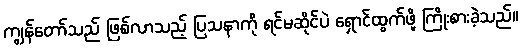
ကျွန်တော်သည် ဖြစ်လာသည့် ပြသနာကို ရင်မဆိုင်ပဲ ရှောင်ထွက်ဖို့ ကြိုးစားခဲ့သည်။